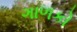
ગાળકો